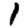
Digit: 1